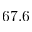
6 7 . 6